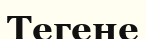
Тегене